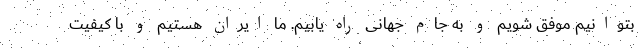
بتوانیم موفق شویم و به جام جهانی راه یابیم. ما ایران هستیم و با کیفیت